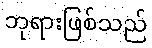
ဘုရားဖြစ်သည်